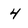
Character: 4